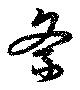
紊